Annual report on the Civil Veterinary Department, Burma (including the Insein Veterinary School) - 1910-1922
Year: 1910
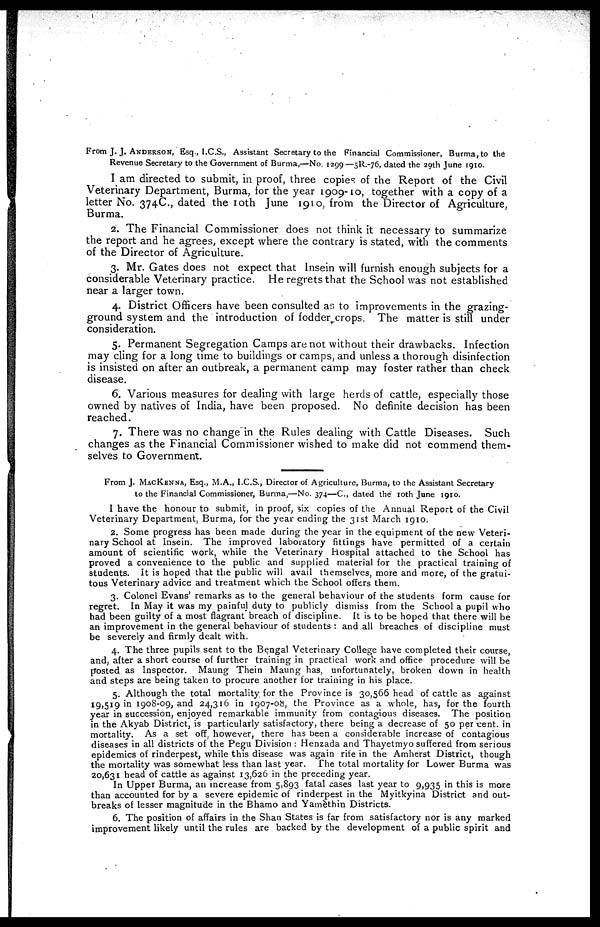
From J. J. ANDERSON, Esq., I.C.S., Assistant Secretary to the Financial Commissioner, Burma, to the
Revenue Secretary to the Government of Burma,—No. 1299—5R.-76, dated the 20th June 1910.
I am directed to submit, in proof, three copies of the Report of the Civil
Veterinary Department, Burma, for the year 1909-10, together with a copy of a
letter No. 374C., dated the 10th June 1910, from the Director of Agriculture,
Burma.
2. The Financial Commissioner does not think it necessary to summarize
the report and he agrees, except where the contrary is stated, with the comments
of the Director of Agriculture.
3. Mr. Gates does not expect that Insein will furnish enough subjects for a
considerable Veterinary practice. He regrets that the School was not established
near a larger town.
4. District Officers have been consulted as to improvements in the grazing-
ground system and the introduction of fodder crops. The matter is still under
consideration.
5. Permanent Segregation Camps are not without their drawbacks. Infection
may cling for a long time to buildings or camps, and unless a thorough disinfection
is insisted on after an outbreak, a permanent camp may foster rather than check
disease.
6. Various measures for dealing with large herds of cattle, especially those
owned by natives of India, have been proposed. No definite decision has been
reached.
7. There was no change in the Rules dealing with Cattle Diseases. Such
changes as the Financial Commissioner wished to make did not commend them-
selves to Government.
From J. MACKENNA, Esq., M.A., I.C.S., Director of Agriculture, Burma, to the Assistant Secretary
to the Financial Commissioner, Burma,—No. 374—C., dated the 10th June 1910.
I have the honour to submit, in proof, six copies of the Annual Report of the Civil
Veterinary Department, Burma, for the year ending the 31st March 1910.
2. Some progress has been made during the year in the equipment of the new Veteri-
nary School at Insein. The improved laboratory fittings have permitted of a certain
amount of scientific work, while the Veterinary Hospital attached to the School has
proved a convenience to the public and supplied material for the practical training of
students. It is hoped that the public will avail themselves, more and more, of the gratui-
tous Veterinary advice and treatment which the School offers them.
3. Colonel Evans' remarks as to the general behaviour of the students form cause for
regret. In May it was my painful duty to publicly dismiss from the School a pupil who
had been guilty of a most flagrant breach of discipline. It is to be hoped that there will be
an improvement in the general behaviour of students : and all breaches of discipline must
be severely and firmly dealt with.
4. The three pupils sent to the Bengal Veterinary College have completed their course,
and, after a short course of further training in practical work and office procedure will be
posted as Inspector. Maung Thein Maung has, unfortunately, broken down in health
and steps are being taken to procure another for training in his place.
5. Although the total mortality for the Province is 30,566 head of cattle as against
19,519 in 1908-09, and 24,316 in 1907-08, the Province as a whole, has, for the fourth
year in succession, enjoyed remarkable immunity from contagious diseases. The position
in the Akyab District, is particularly satisfactory, there being a decrease of 50 per cent in
mortality. As a set off, however, there has been a considerable increase of contagious
diseases in all districts of the Pegu Division : Henzada and Thayetmyo suffered from serious
epidemics of rinderpest, while this disease was again rife in the Amherst District, though
the mortality was somewhat less than last year. The total mortality for Lower Burma was
20,631 head of cattle as against 13,626 in the preceding year.
In Upper Burma, an increase from 5,893 fatal cases last year to 9,935 in this is more
than accounted for by a severe epidemic of rinderpest in the Myitkyina District and out-
breaks of lesser magnitude in the Bhamo and Yamèthin Districts.
6. The position of affairs in the Shan States is far from satisfactory nor is any marked
improvement likely until the rules are backed by the development of a public spirit and